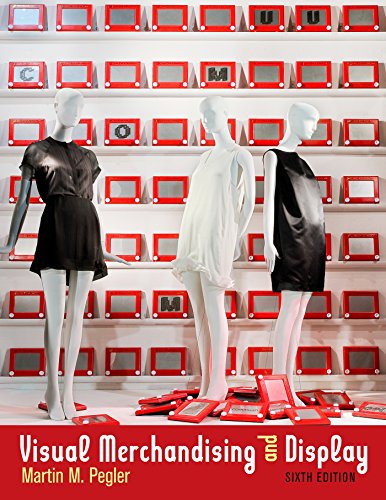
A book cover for Visual Merchandising and Display; Martin M. Pegler; Business & Money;